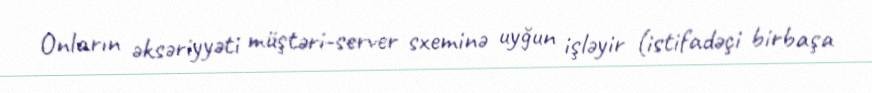
Onların əksəriyyəti müştəri-server sxeminə uyğun işləyir (istifadəçi birbaşa